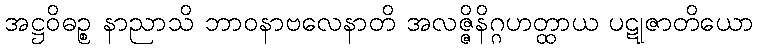
အဋ္ဌဝိဓဉ္စ နာညာသိ ဘာဝနာဗလေနာတိ အလဇ္ဇိနိဂ္ဂဟတ္ထာယ ပဋုဇာတိယော